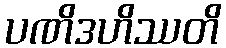
ပဏိဒဟိဿတိ